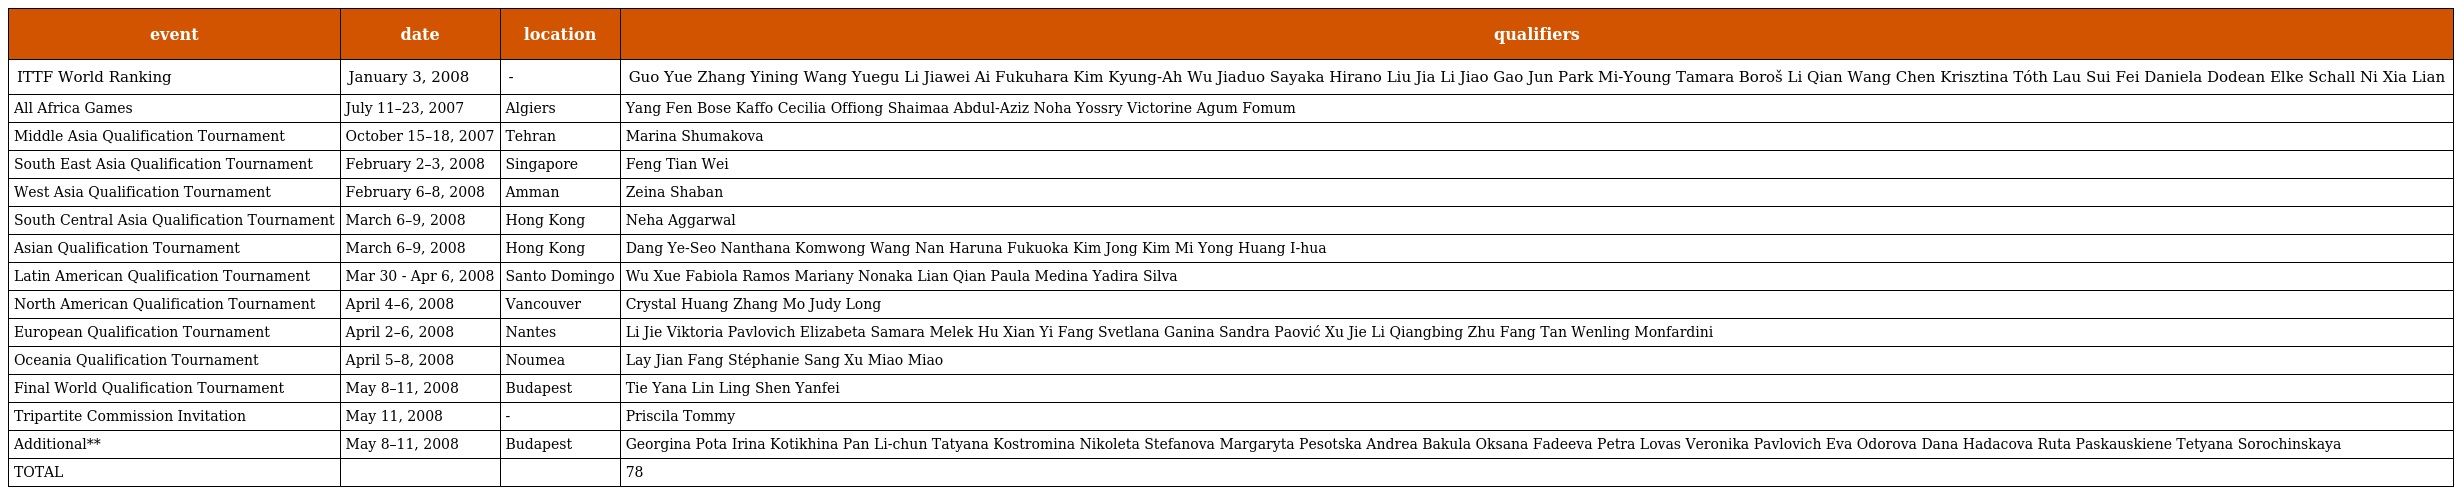
| event | date | location | qualifiers |
 | --- | --- | --- | --- |
 | ITTF World Ranking | January 3, 2008 | - | Guo Yue Zhang Yining Wang Yuegu Li Jiawei Ai Fukuhara Kim Kyung-Ah Wu Jiaduo Sayaka Hirano Liu Jia Li Jiao Gao Jun Park Mi-Young Tamara Boroš Li Qian Wang Chen Krisztina Tóth Lau Sui Fei Daniela Dodean Elke Schall Ni Xia Lian |
 | All Africa Games | July 11–23, 2007 | Algiers | Yang Fen Bose Kaffo Cecilia Offiong Shaimaa Abdul-Aziz Noha Yossry Victorine Agum Fomum |
 | Middle Asia Qualification Tournament | October 15–18, 2007 | Tehran | Marina Shumakova |
 | South East Asia Qualification Tournament | February 2–3, 2008 | Singapore | Feng Tian Wei |
 | West Asia Qualification Tournament | February 6–8, 2008 | Amman | Zeina Shaban |
 | South Central Asia Qualification Tournament | March 6–9, 2008 | Hong Kong | Neha Aggarwal |
 | Asian Qualification Tournament | March 6–9, 2008 | Hong Kong | Dang Ye-Seo Nanthana Komwong Wang Nan Haruna Fukuoka Kim Jong Kim Mi Yong Huang I-hua |
 | Latin American Qualification Tournament | Mar 30 - Apr 6, 2008 | Santo Domingo | Wu Xue Fabiola Ramos Mariany Nonaka Lian Qian Paula Medina Yadira Silva |
 | North American Qualification Tournament | April 4–6, 2008 | Vancouver | Crystal Huang Zhang Mo Judy Long |
 | European Qualification Tournament | April 2–6, 2008 | Nantes | Li Jie Viktoria Pavlovich Elizabeta Samara Melek Hu Xian Yi Fang Svetlana Ganina Sandra Paović Xu Jie Li Qiangbing Zhu Fang Tan Wenling Monfardini |
 | Oceania Qualification Tournament | April 5–8, 2008 | Noumea | Lay Jian Fang Stéphanie Sang Xu Miao Miao |
 | Final World Qualification Tournament | May 8–11, 2008 | Budapest | Tie Yana Lin Ling Shen Yanfei |
 | Tripartite Commission Invitation | May 11, 2008 | - | Priscila Tommy |
 | Additional** | May 8–11, 2008 | Budapest | Georgina Pota Irina Kotikhina Pan Li-chun Tatyana Kostromina Nikoleta Stefanova Margaryta Pesotska Andrea Bakula Oksana Fadeeva Petra Lovas Veronika Pavlovich Eva Odorova Dana Hadacova Ruta Paskauskiene Tetyana Sorochinskaya |
 | TOTAL |  |  | 78 |